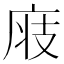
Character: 𢈧